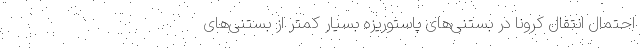
احتمال انتقال کرونا در بستنی‌های پاستوریزه بسیار کمتر از بستنی‌های